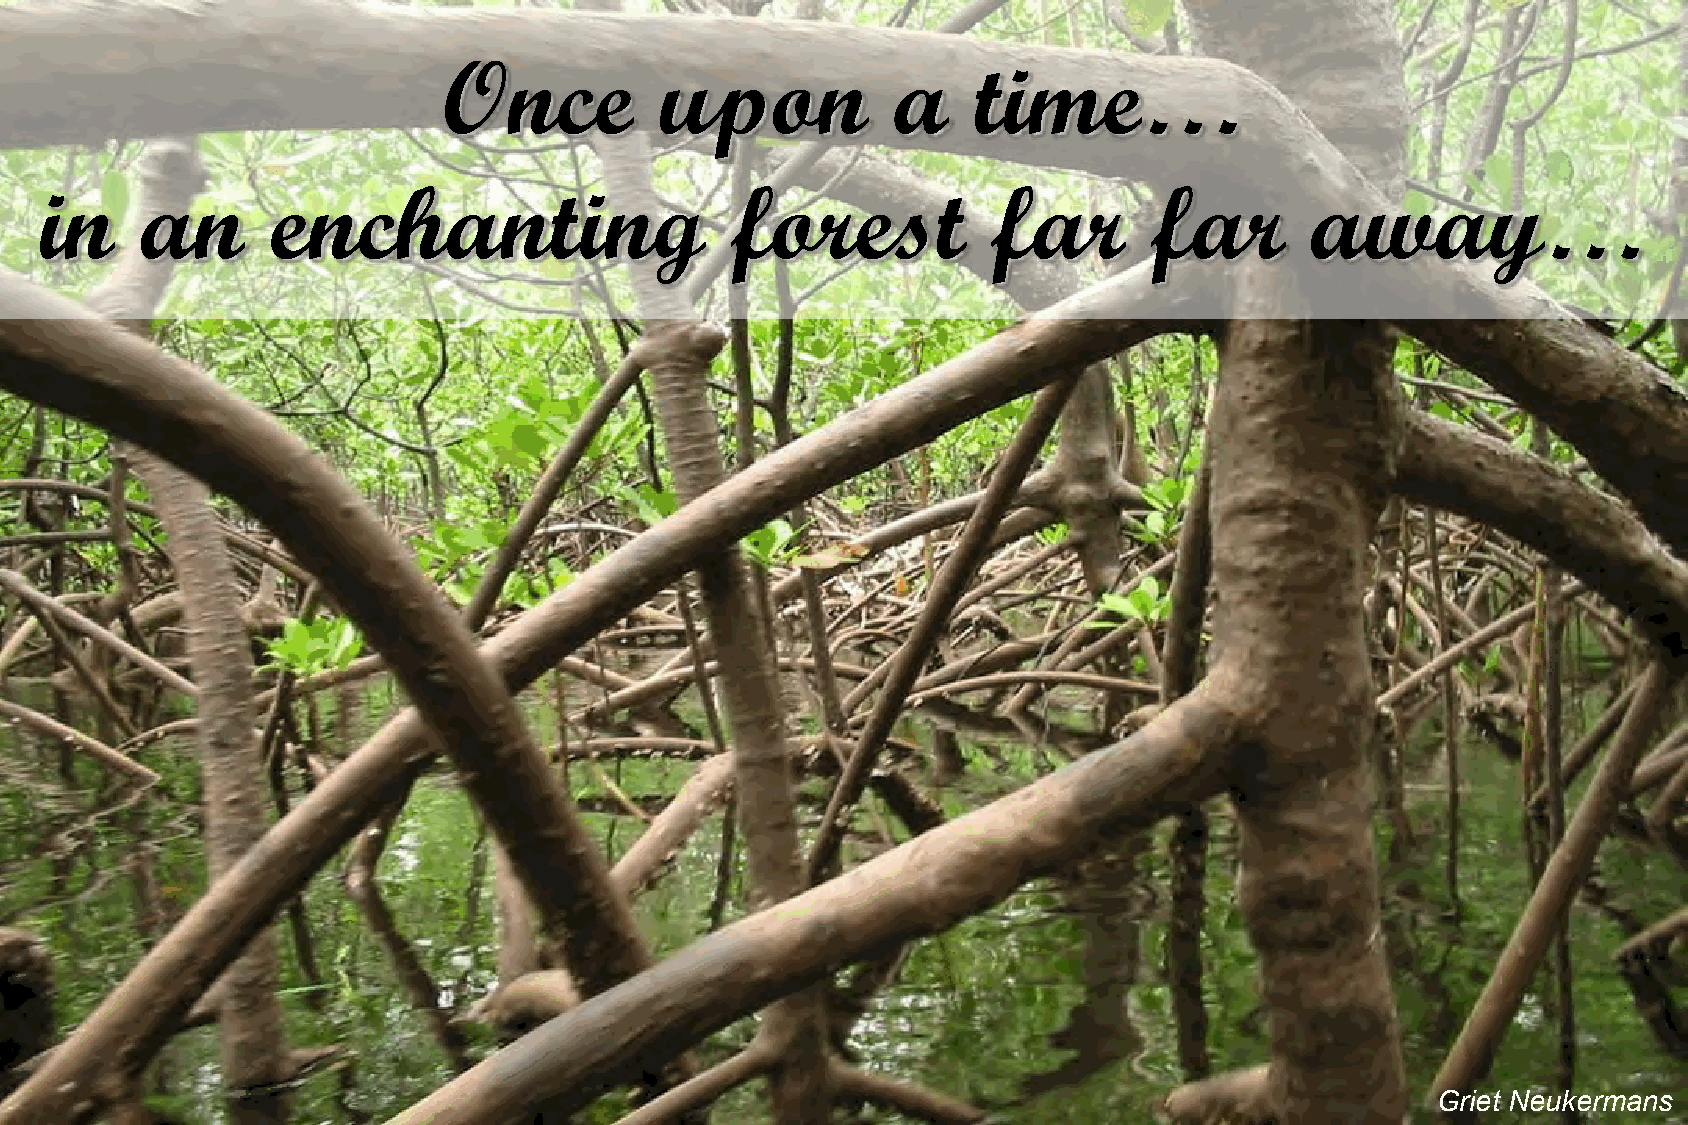
Once           upon           a    time…
 in    an       enchanting                    forest            far       far        away…
 Griet Neukermans